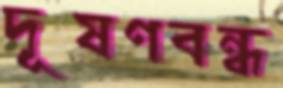
দূষণবন্ধ